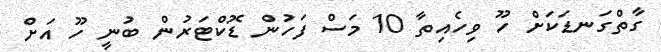
ގާތްގަނޑަކަށް ހޫ ވިހެއިތާ 10 މަސް ފަހުން ޑޮކްޓަރުން ބުނީ ހޫ އަށް